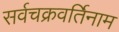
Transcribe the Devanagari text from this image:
सर्वचक्रवर्तिनाम